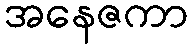
အနေဇကာ